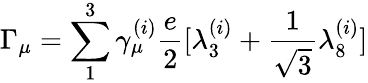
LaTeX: \Gamma_{\mu}=\sum_{1}^{3}\gamma_{\mu}^{(i)}\frac{e}{2}[\lambda_{3}^{(i)}+\frac{1}{\sqrt{3}}\lambda_{8}^{(i)}]